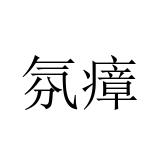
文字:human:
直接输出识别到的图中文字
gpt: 氛瘴